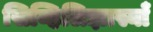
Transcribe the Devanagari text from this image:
सिव्हिलिझास्याँ